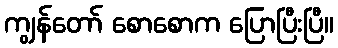
ကျွန်တော် စောစောက ပြောပြီးပြီ။